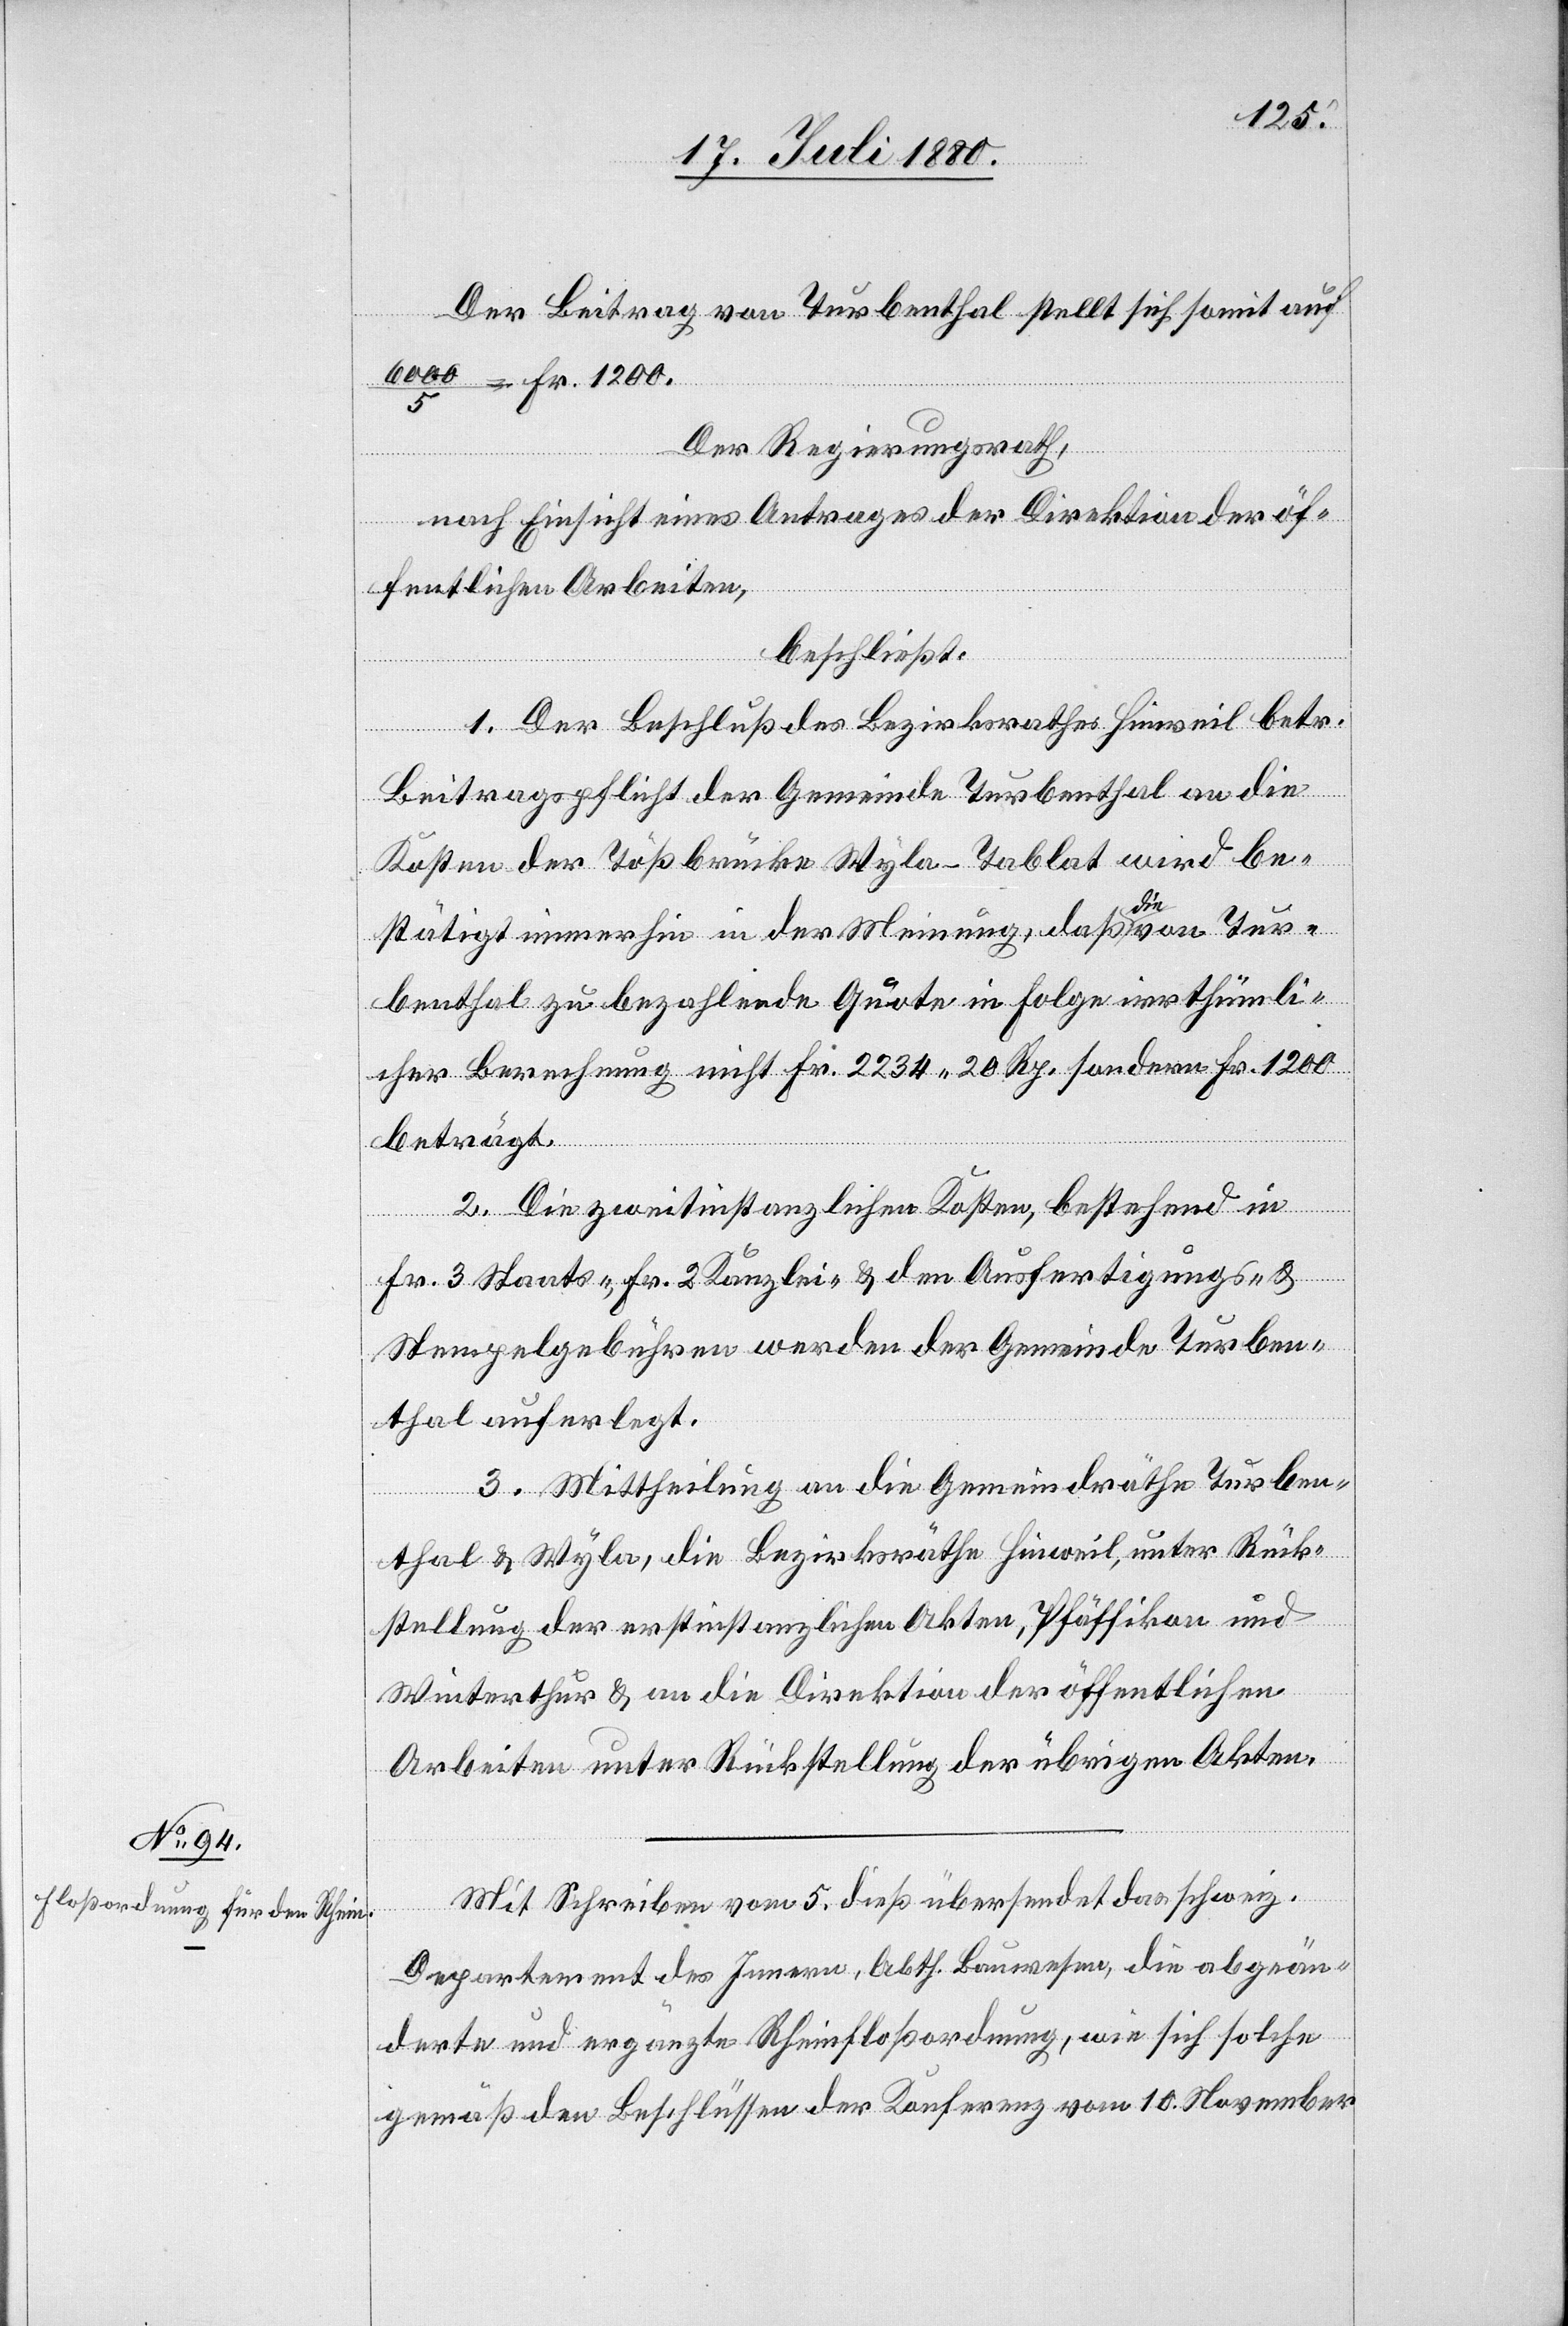
Der Beitrag von Turbenthal stellt sich somit auf
6000/5 = Fr. 1200.
Der Regierungsrath,
nach Einsicht eines Antrages der Direktion der öf¬
fentlichen Arbeiten,
beschließt:
1. Der Beschluß des Bezirksrathes Hinweil betr.
Beitragspflicht der Gemeinde Turbenthal an die
Kosten der Tößbrücke Wyla–Tablat wird be¬
stätigt immerhin in der Meinung, daß die von Tur¬
benthal zu bezahlende Quote in Folge irrthümli¬
cher Berechnung nicht Fr. 2234 20 Rp. sondern Fr. 1200
beträgt.
2. Die zweitinstanzlichen Kosten bestehend in
Fr. 3 Staats-, 2 Fr. Kanzlei- & den Ausfertigungs- &
Stempelgebühren werden der Gemeinde Turben¬
thal auferlegt.
3. Mittheilung an die Gemeinderäthe Turben¬
thal & Wyla, die Bezirksräthe Hinweil, unter Rück¬
stellung der erstinstanzlichen Akten, Pfäffikon und
Winterthur & an die Direktion der öffentlichen
Arbeiten unter Rückstellung der übrigen Akten.
Mit Schreiben vom 5. dieß übersendet das schweiz.
Departement des Innern, Abth. Bauwesen, die abgeän¬
derte und ergänzte Rheinfloßordnung, wie sich solche
gemäß den Beschlüssen der Konferenz vom 10. November